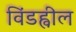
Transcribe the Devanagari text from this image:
विंडह्वील